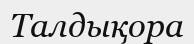
Талдықора